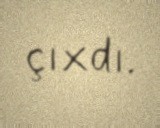
çıxdı.